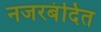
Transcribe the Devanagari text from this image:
नजरबंदित